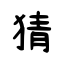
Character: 猜